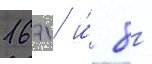
1671 и́ 8 -